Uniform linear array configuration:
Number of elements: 8
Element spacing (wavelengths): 0.5
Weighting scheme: blackman
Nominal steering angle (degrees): -45
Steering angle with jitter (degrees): -44.199
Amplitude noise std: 0.05
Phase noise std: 0.05

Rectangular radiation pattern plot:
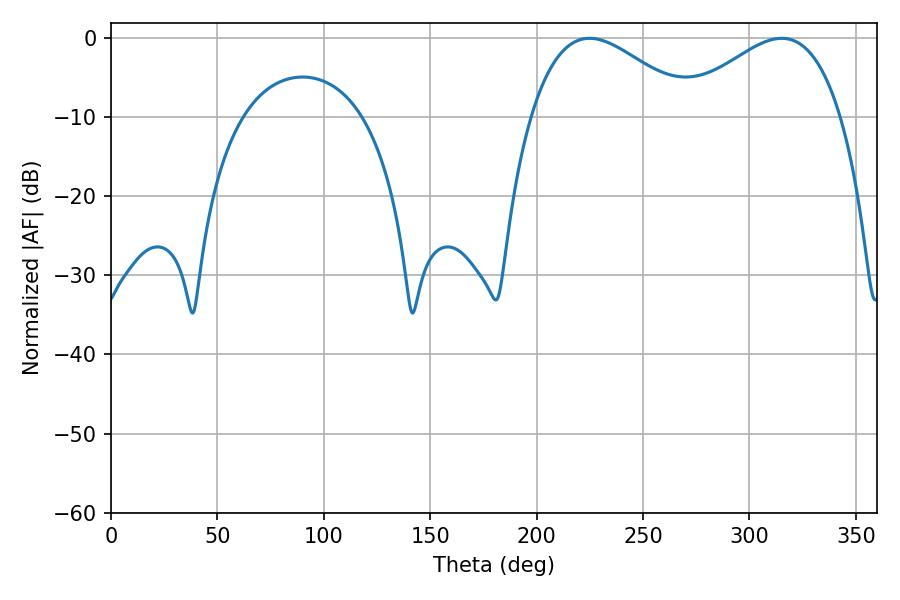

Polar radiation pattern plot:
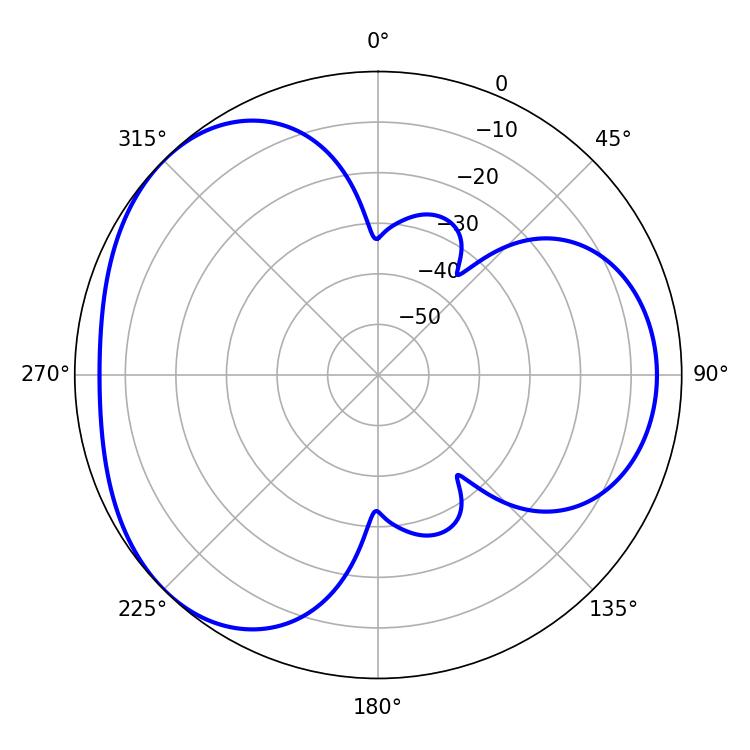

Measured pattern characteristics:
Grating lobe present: FALSE
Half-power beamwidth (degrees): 41.22
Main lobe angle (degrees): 224.82